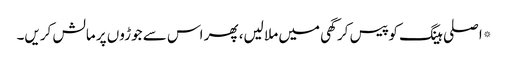
*اصلی ہینگ کو پیس کر گھی میں ملا لیں، پھر اس سے جوڑوں پر مالش کریں۔